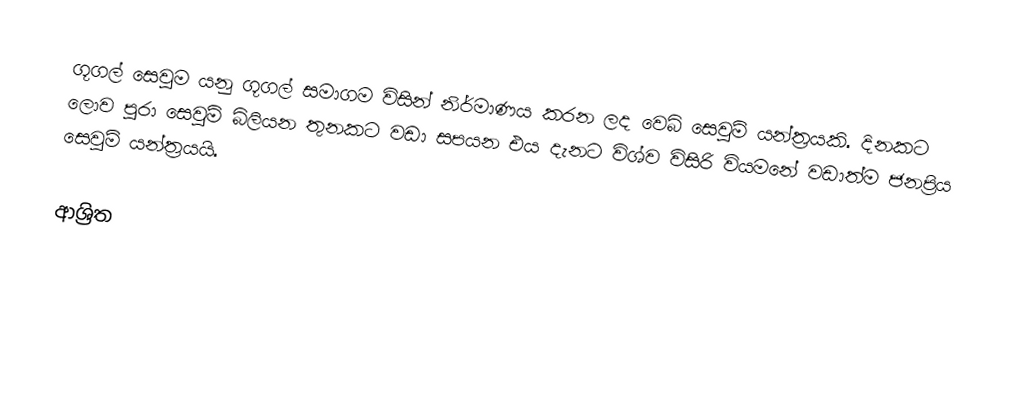
ගූගල් සෙවුම යනු ගූගල් සමාගම විසින් නිර්මාණය කරන ලද වෙබ් සෙවුම් යන්ත්‍රයකි. දිනකට ලොව පුරා සෙවුම් බිලියන තුනකට වඩා සපයන එය දැනට විශ්ව විසිරි වියමනේ වඩාත්ම ජනප්‍රිය සෙවුම් යන්‍ත්‍රයයි.

ආශ්‍රිත